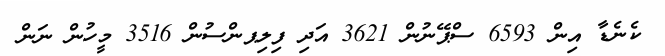
ކެނެޑާ އިން 6593 ސްޕޭނުން 3621 އަދި ފިިލިޕންސުން 3516 މީހުން ނަން